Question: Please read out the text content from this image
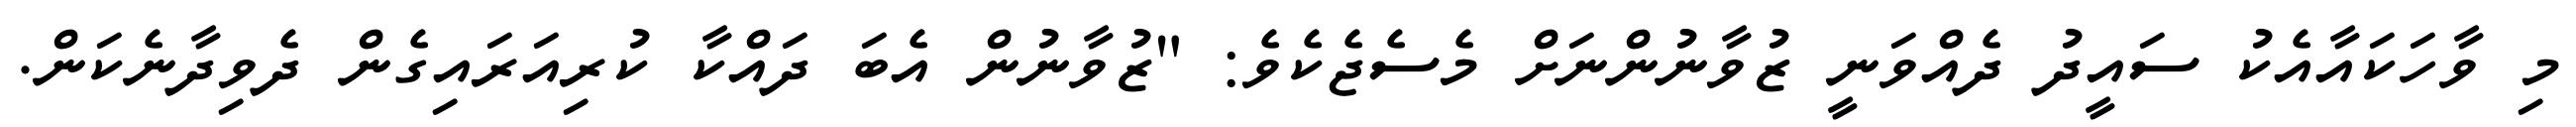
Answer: މި ވާހަކައާއެކު ސައީދު ދެއްވަނީ ޒުވާނުންނަށް މެސެޖެކެވެ: "ޒުވާނުން އެބަ ދައްކާ ކުރިއަރައިގެން ދެވިދާނެކަން.